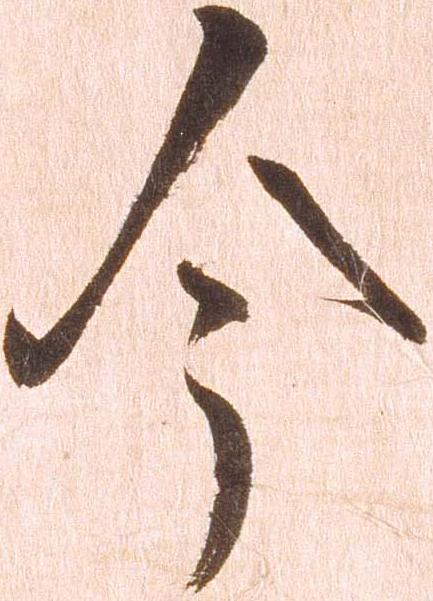
今